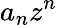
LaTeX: a_{n}z^{n}